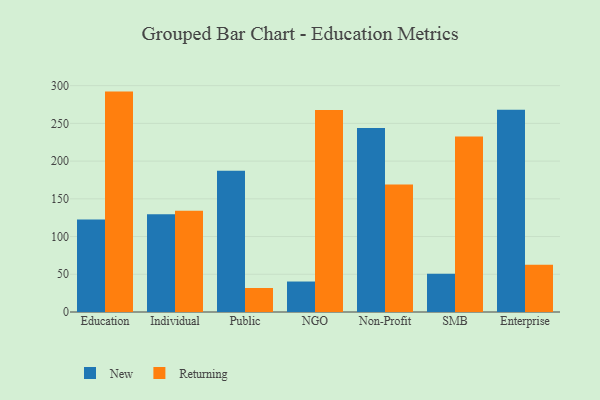
{"axis": {"x": "Segment", "y": "Satisfaction Score"}, "legend": ["New", "Returning"], "data": [{"x": "Education", "y": 122.7, "type": "New"}, {"x": "Education", "y": 292.1, "type": "Returning"}, {"x": "Individual", "y": 129.7, "type": "New"}, {"x": "Individual", "y": 134.1, "type": "Returning"}, {"x": "Public", "y": 187.1, "type": "New"}, {"x": "Public", "y": 31.8, "type": "Returning"}, {"x": "NGO", "y": 40.4, "type": "New"}, {"x": "NGO", "y": 267.7, "type": "Returning"}, {"x": "Non-Profit", "y": 243.7, "type": "New"}, {"x": "Non-Profit", "y": 168.9, "type": "Returning"}, {"x": "SMB", "y": 50.6, "type": "New"}, {"x": "SMB", "y": 232.7, "type": "Returning"}, {"x": "Enterprise", "y": 268.2, "type": "New"}, {"x": "Enterprise", "y": 62.5, "type": "Returning"}]}